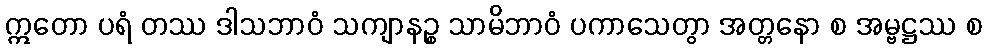
ဣတော ပရံ တဿ ဒါသဘာဝံ သကျာနဉ္စ သာမိဘာဝံ ပကာသေတွာ အတ္တနော စ အမ္ဗဋ္ဌဿ စ